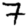
Digit: 7